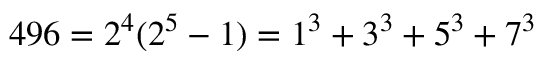
4 9 6 = 2 ^ { 4 } ( 2 ^ { 5 } - 1 ) = 1 ^ { 3 } + 3 ^ { 3 } + 5 ^ { 3 } + 7 ^ { 3 }